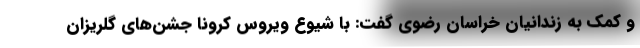
و کمک به زندانیان خراسان رضوی گفت: با شیوع ویروس کرونا جشن‌های گلریزان